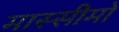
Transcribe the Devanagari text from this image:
मास्सीमो